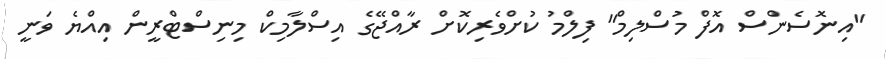
"އިނޮސެންސް އޮފް މުސްލިމް" ފިލްމު ކުށްވެރިކޮށް ރާއްޖޭގެ އިސްލާމިކް މިނިސްްޓްރީން އިއްޔެ ވަނީ